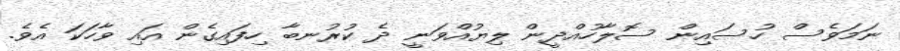
ނަމަވެސް ހުސައިން ސޮލާހުއްދީން ލިޔުއްވަނީ ދެ ކުރުނބާ ހިފައިގެން އައި ވާހަކަ އެވެ.